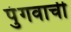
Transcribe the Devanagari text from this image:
पुंगवाची